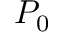
P _ { 0 }